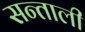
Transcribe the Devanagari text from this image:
सन्ताली